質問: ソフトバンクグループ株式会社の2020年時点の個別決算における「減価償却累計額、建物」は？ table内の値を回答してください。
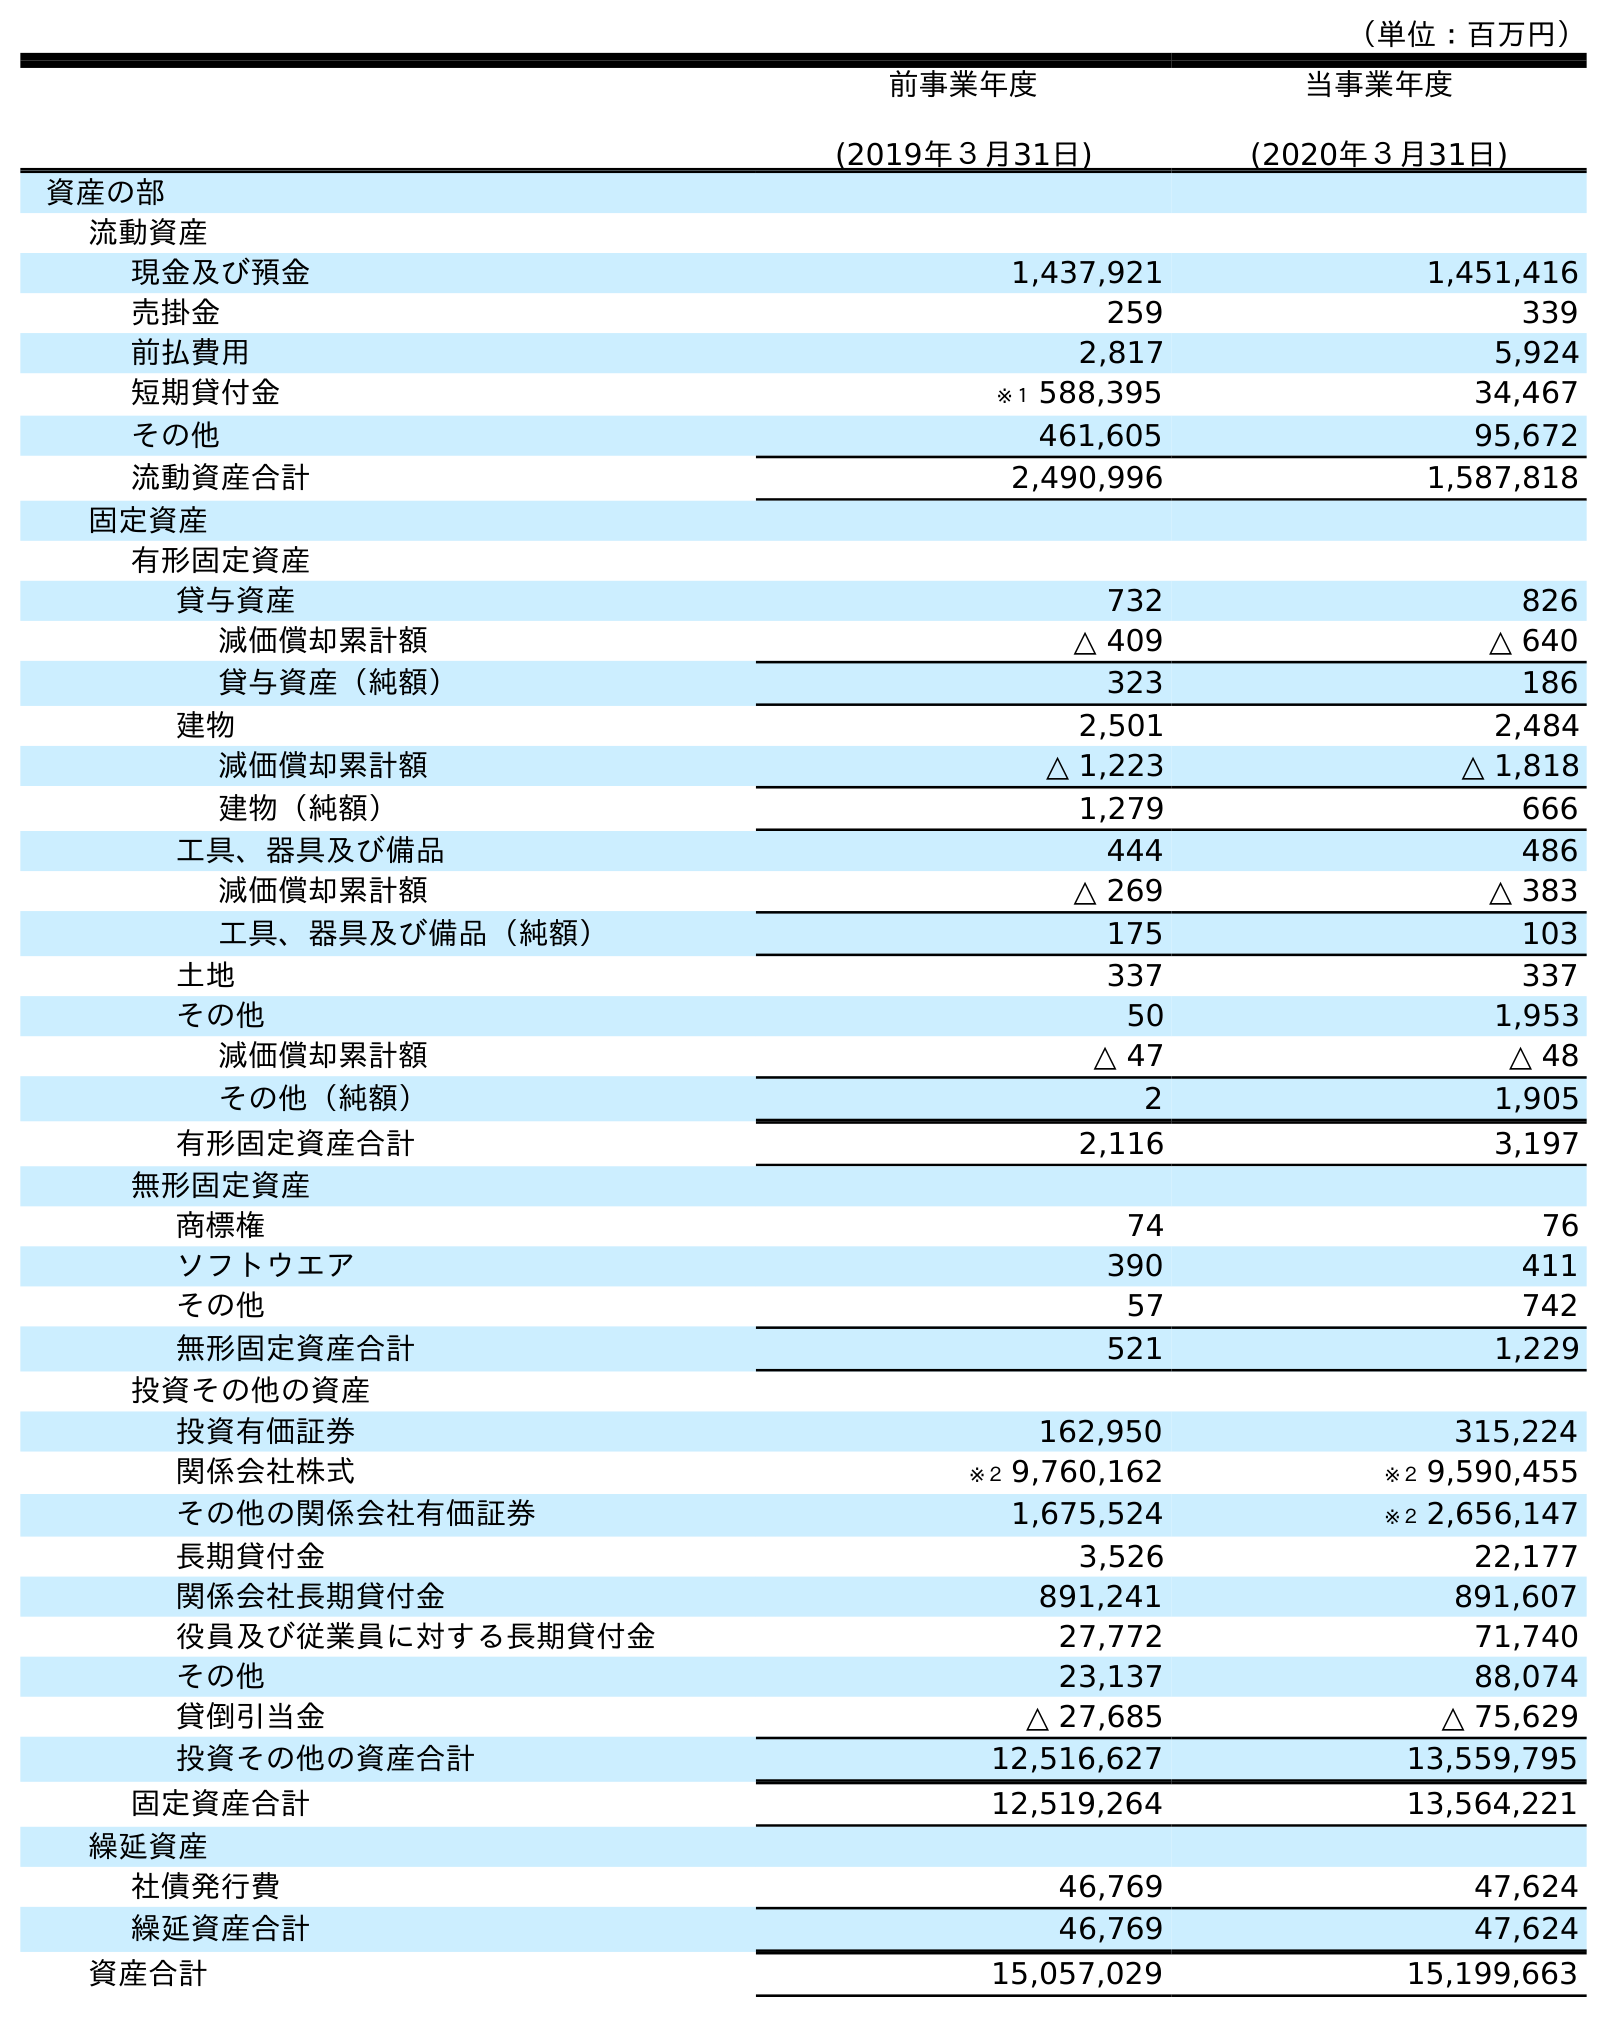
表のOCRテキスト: （単位：百万円） 前事業年度 (2019年３月31日) 当事業年度 (2020年３月31日) 資産の部 流動資産 現金及び預金 1,437,921 1,451,416 売掛金 259 339 前払費用 2,817 5,924 短期貸付金 ※１ 588,395 34,467 その他 461,605 95,672 流動資産合計 2,490,996 1,587,818 固定資産 有形固定資産 貸与資産 732 826 減価償却累計額 △ 409 △ 640 貸与資産（純額） 323 186 建物 2,501 2,484 減価償却累計額 △ 1,223 △ 1,818 建物（純額） 1,279 666 工具、器具及び備品 444 486 減価償却累計額 △ 269 △ 383 工具、器具及び備品（純額） 175 103 土地 337 337 その他 50 1,953 減価償却累計額 △ 47 △ 48 その他（純額） 2 1,905 有形固定資産合計 2,116 3,197 無形固定資産 商標権 74 76 ソフトウエア 390 411 その他 57 742 無形固定資産合計 521 1,229 投資その他の資産 投資有価証券 162,950 315,224 関係会社株式 ※２ 9,760,162 ※２ 9,590,455 その他の関係会社有価証券 1,675,524 ※２ 2,656,147 長期貸付金 3,526 22,177 関係会社長期貸付金 891,241 891,607 役員及び従業員に対する長期貸付金 27,772 71,740 その他 23,137 88,074 貸倒引当金 △ 27,685 △ 75,629 投資その他の資産合計 12,516,627 13,559,795 固定資産合計 12,519,264 13,564,221 繰延資産 社債発行費 46,769 47,624 繰延資産合計 46,769 47,624 資産合計 15,057,029 15,199,663
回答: △1,818